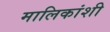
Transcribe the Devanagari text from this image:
मालिकांशी